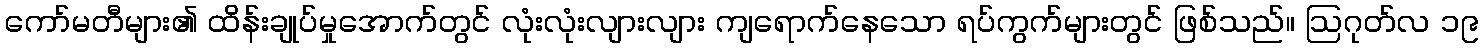
ကော်မတီများ၏ ထိန်းချုပ်မှုအောက်တွင် လုံးလုံးလျားလျား ကျရောက်နေသော ရပ်ကွက်များတွင် ဖြစ်သည်။ ဩဂုတ်လ ၁၉